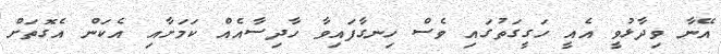
އޭނާ ވިދާޅުވީ އެއީ ހަގީގަތުގައި ވެސް ހިނގާފައިވާ ހާދިސާއެއް ކަމަށާއި އެކަން އެގޮތަށް